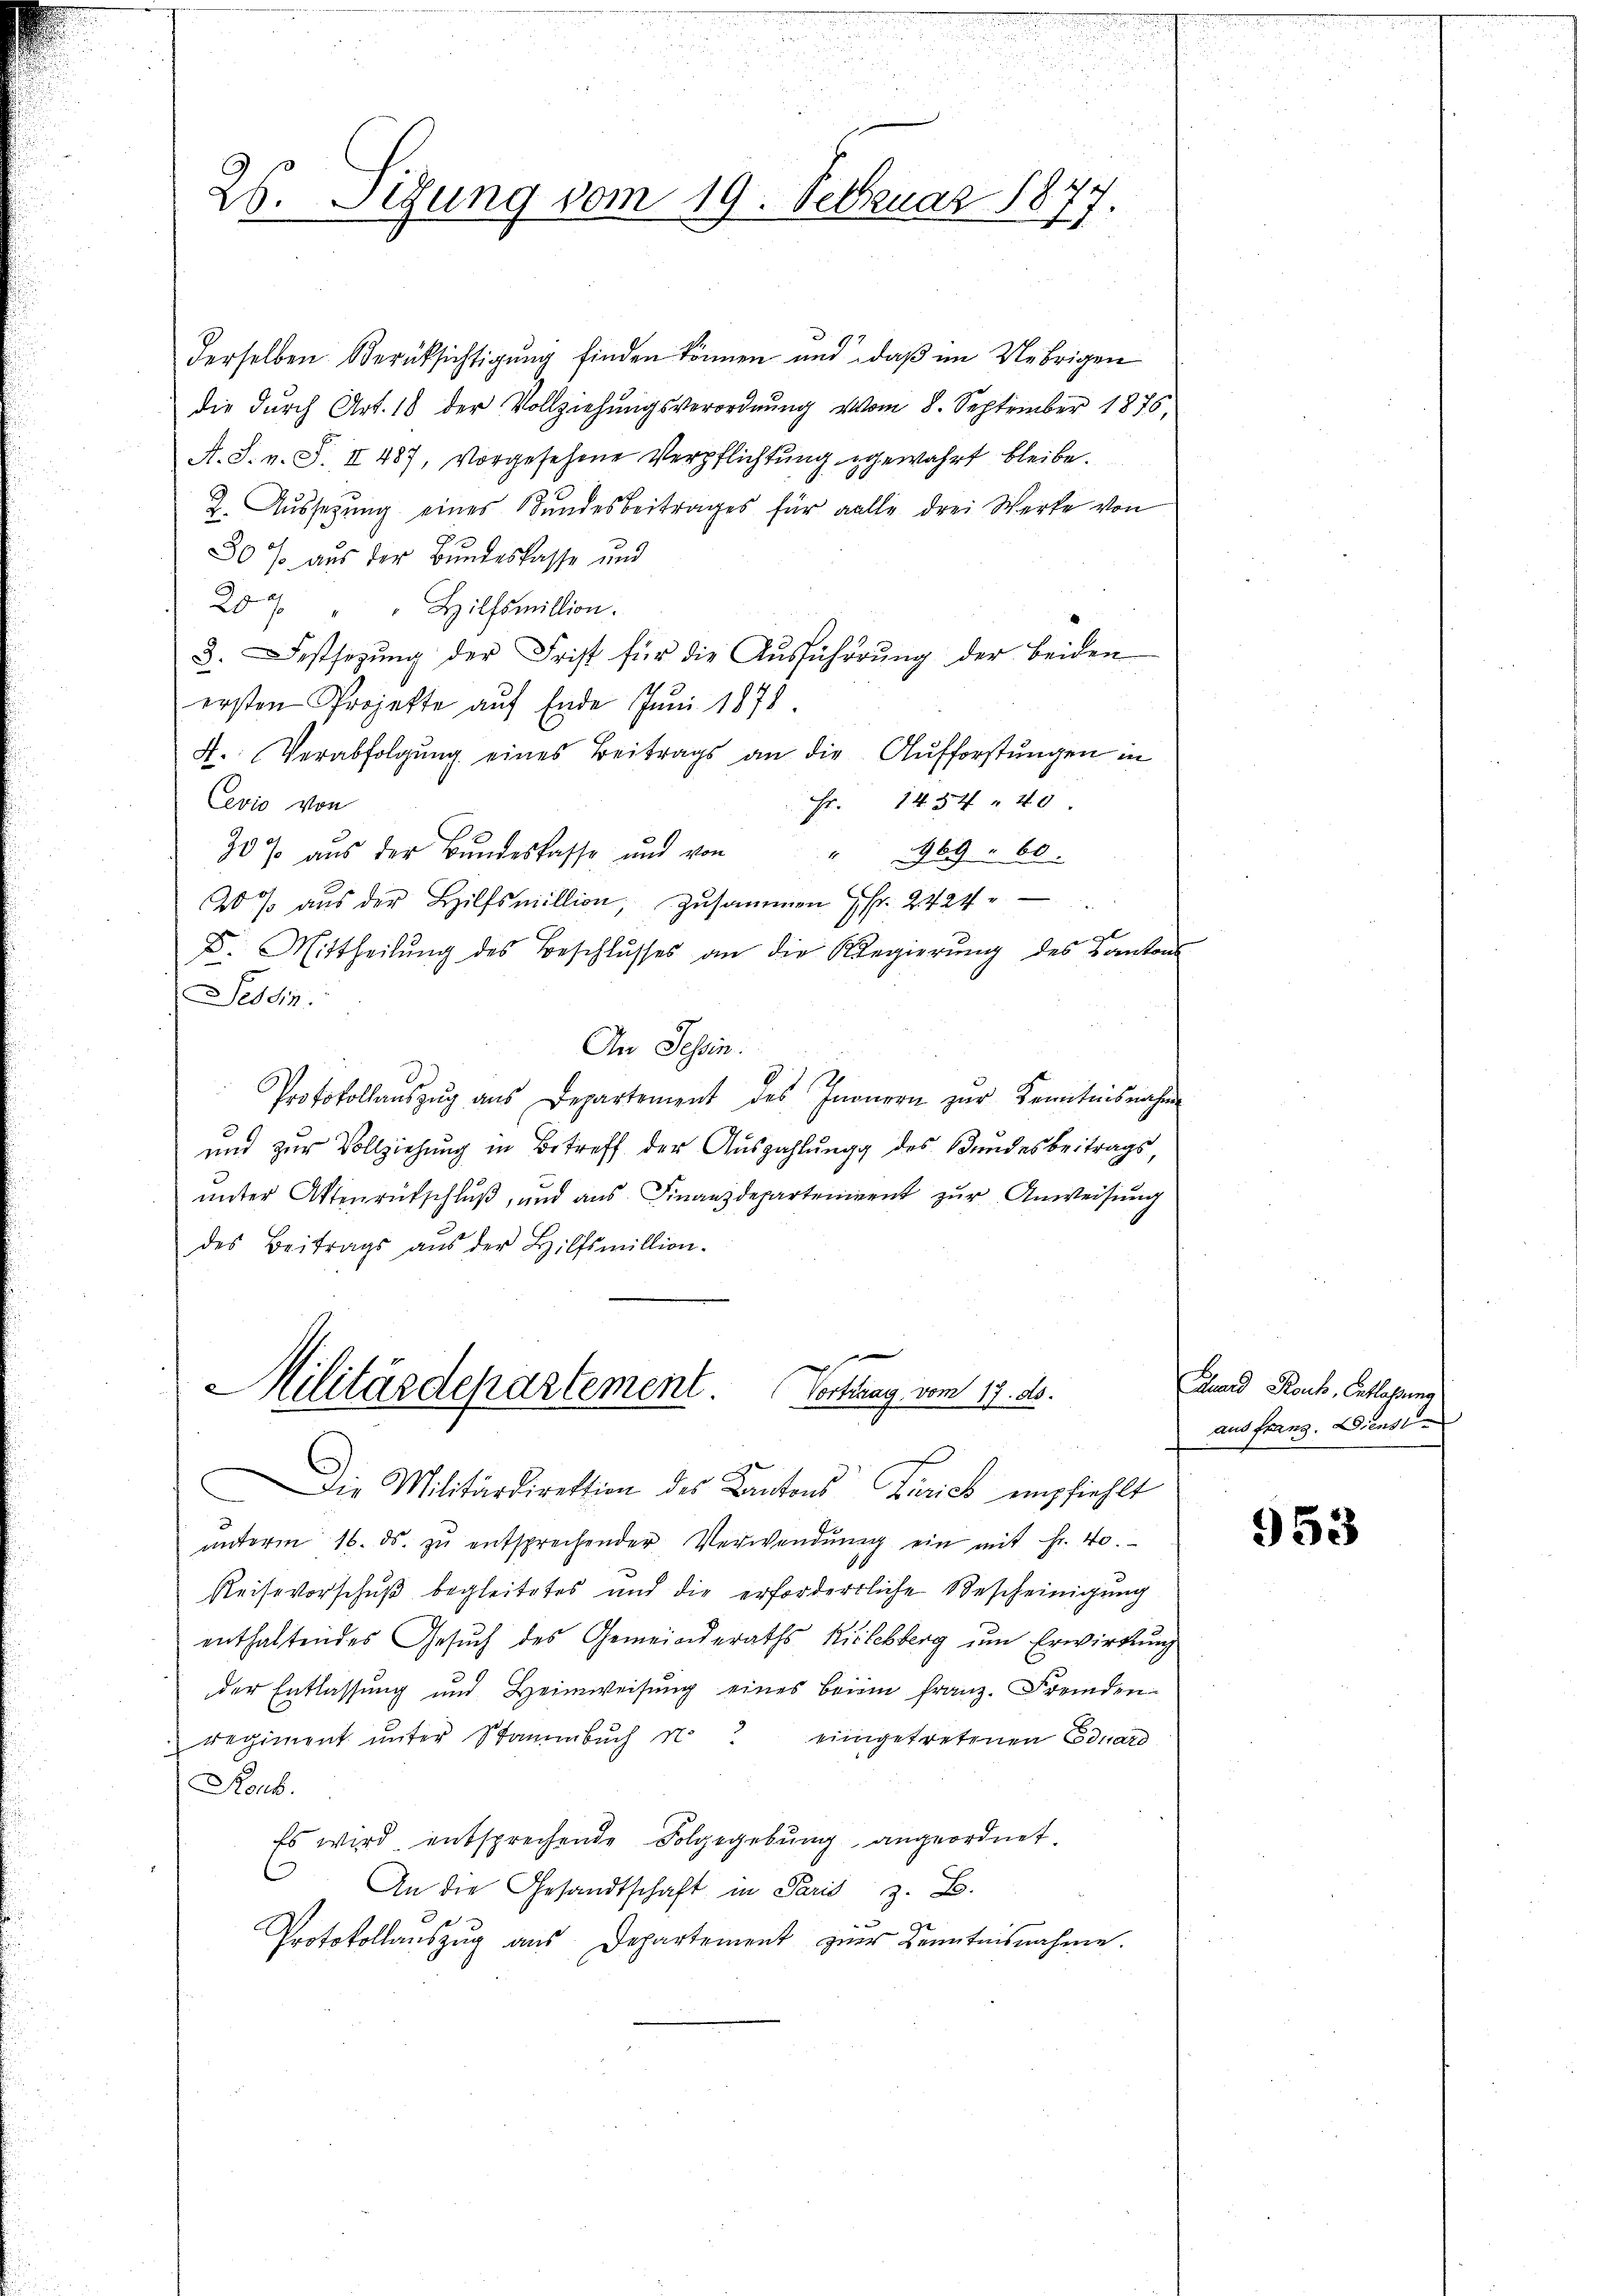
26. Sizung vom 19. Februar 1877.

derselben Berücksichtigung finden können und, daß im Uebrigen
die durch Art. 18 der Vollziehŭngsverordnŭng vom 8. September 1876,
A. S. v. S. II 487, vorgesehene Verpflichtung gewahrt bleibe.
2. Aussetzung eines Bundesbeitrages für alle drei Werke von
30% aus der Bundeskasse und
20% " " Hilfsmillion.
3. Festsezŭng der Frist für die Aŭsführŭng der beiden
ersten Projekte auf Ende Juni 1878.
A. Verabfolgung eines Beitrags an die Aufforstungen in
Fr. 1454 " 40.
Cevio von
30% aŭs der Bŭndeskasse und von " 1969 " 60.
20 % aŭs der Hilfsmillion, zusammen fr. 2424
D. Mittheilŭng des Beschlŭsses an die Regierŭng des Kantons
Tessin.
An Schin.
Protokollaŭszŭg ans Departement des Innern zŭr Kenntnisnahme
und zur Vollziehung in Betreff der Auszahlung des Bundesbeitrags,
unter Aktenrückschluß, und aus. Finanzdepartenirent zur Anweisung
des Beitrags aus der Hilfsmillion.

Militärdepartement Vortrag vom 17. ds.
Die Militärdirektion des Kantons Zürich empfiehlt

unterm 16. ds. zŭ entsprechender Verwendŭng ein mit Fr. 40.
Reisevorschuß begleitetes und die erfordertliche Bescheinigung
enthaltendes Gesŭch des Gemeinderaths Kilchberg ŭm Erwirkung
der Entlassung und Heimweisŭng eines beim franz. Fremden
Regiment unter Stammbuch N. eingetretenen Eduard
Roub.
Es wird, entsprechende Folgegebung angeordnet.
.
An die Gesandtschaft in Paris z. B.
Protokollauszug aus Departement zur Kenntnisnahme.

Lund Rank, Entlegung
aus franz. Dienste

953